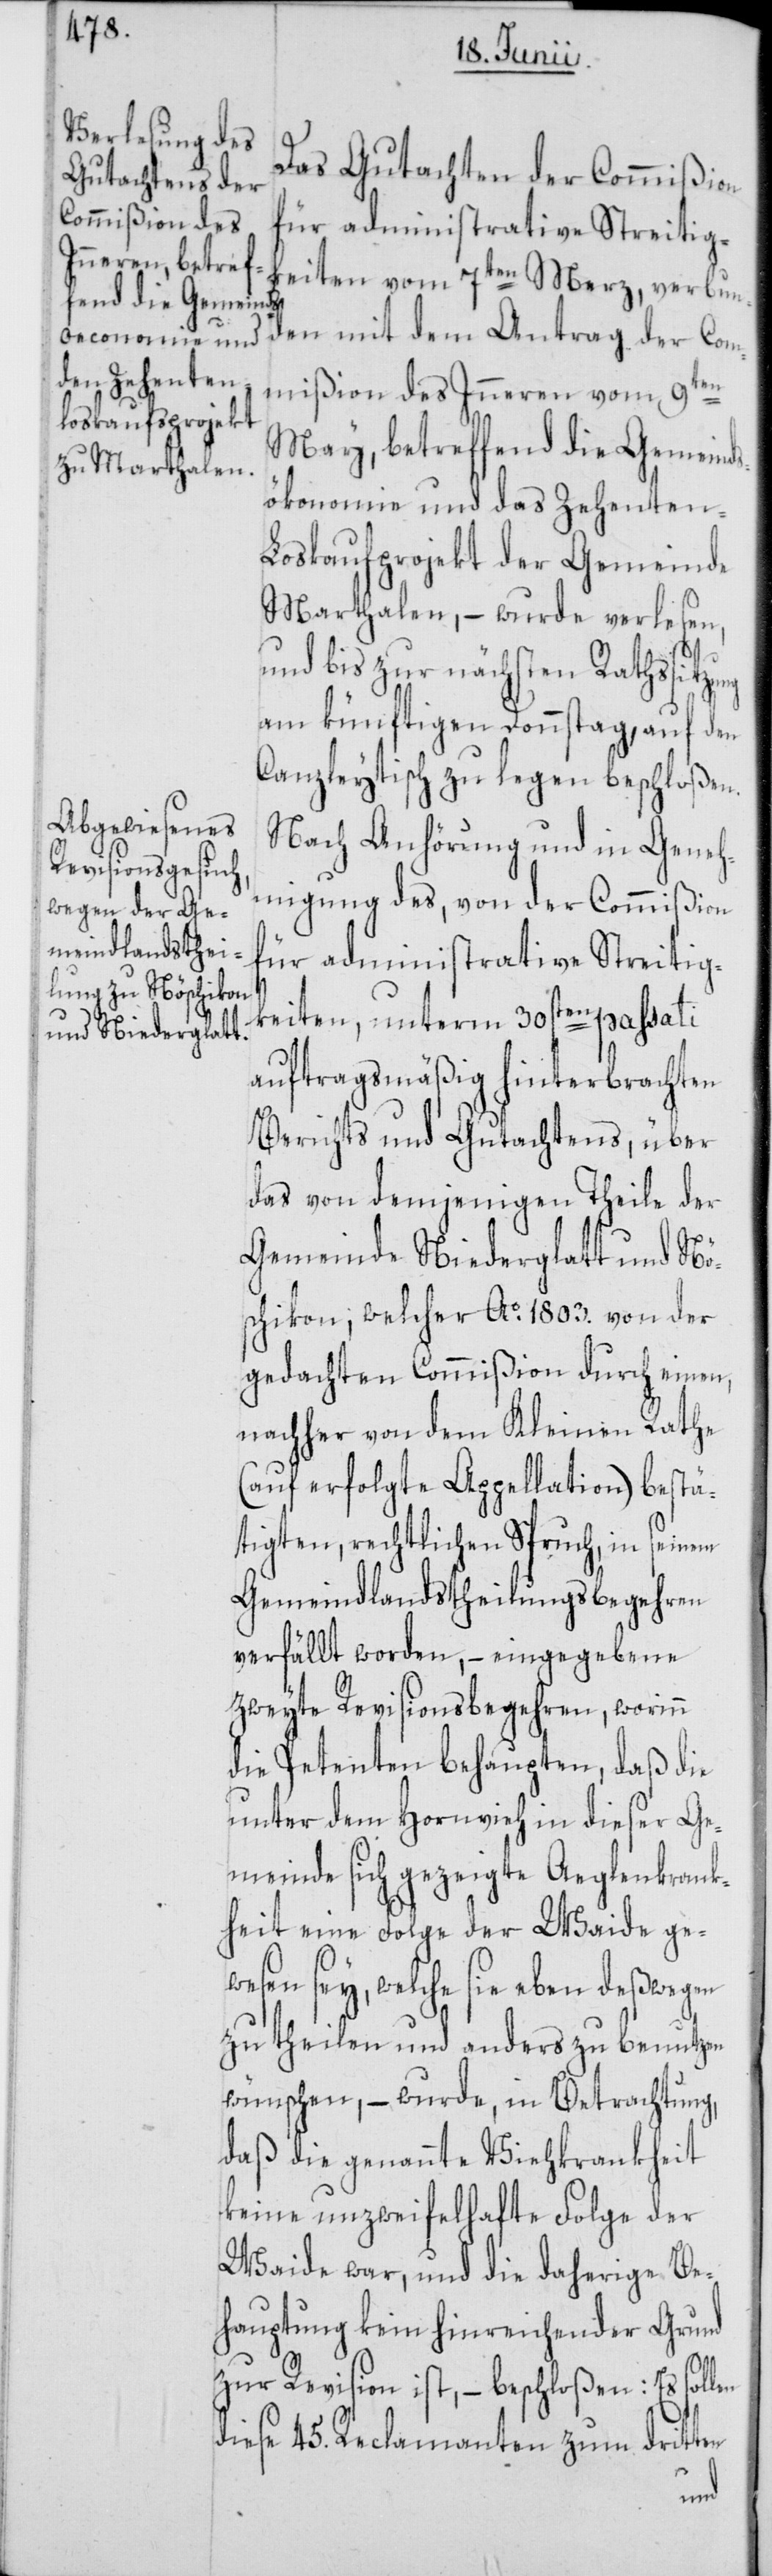
Das Gutachten der Commißion
keiten vom 7ten Merz, verbun¬
den mit dem Antrag der Com¬
mißion des Inneren vom 9ten
May, betreffend die Gemeind¬
sökonomie und das Zehenten-L¬
oskaufprojekt der Gemeinde
Marthalen, – wurde verlesen,
und bis zur nächsten Rathssitz¬
am künftigen Donnstag, auf den
Canzleytisch zu legen beschloßen.
Nach Anhörung und in Geneh¬
migung des, von der Commißion
für administrative Streitig¬
keiten, unterm 30sten passati
auftragsmäßig hinterbrachten
Berichts und Gutachtens, über
das von demjenigen Theile der
Gemeinde Niederglatt und Nö¬
schikon, welcher Ao. 1803. von der
gedachten Commißion durch einen,
nachher von dem Kleinen Rathe
(auf erfolgte Appellation) bestä¬
tigten, rechtlichen Spruch, in seinem
Gemeindlandstheilungsbegehren
verfällt worden, – eingegebene
zweyte Revisionsbegehren, worinn
die Petenten behaupten, daß die
unter dem Hornvieh in dieser Ge¬
meinde sich gezeigte Aeglenkrank¬
heit eine Folge der Waide ge¬
wesen sey, welche sie eben deßwegen
zu theilen und anders zu benutzen
wünschen, – wurde, in Betrachtung,
daß die genannte Viehkrankheit
keine unzweifelhafte Folge der
Waide war, und die daherige Be¬
hauptung kein hinreichender Grund
zur Revision ist, – beschloßen: Es sollen
diese 45. Reclamanten zum dritten
ung